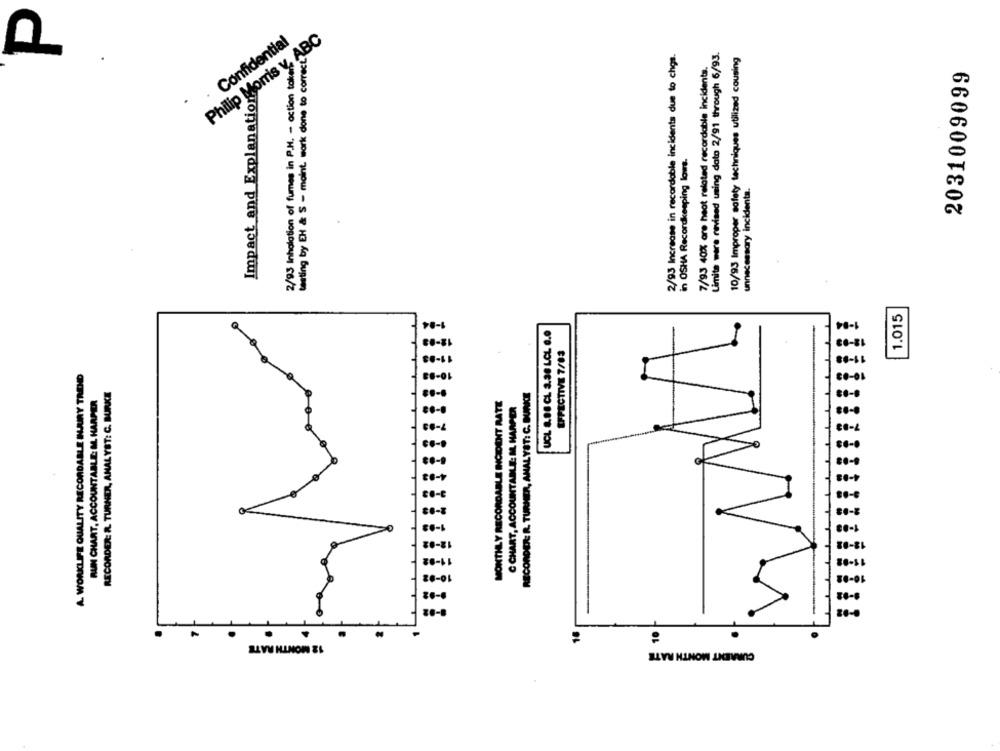
Philip Morris v. ABC
Confidential
Limite ware revised using dato 2/91 through 6/93.
testing by EH & S - maint. work done to correct
2/93 Increase in recordable incidents due to chos.
10/93 Improper safety techniques utilized cousing
2/93 Inhalation of fumes in P.H. - action tokens
7/93 40% are heat related recordable incidents.
2031009099
Impact and Explanation
in OSHA Recordkeeping lows.
unnecessary incidents.
1.015
1-84
1-84
UCL 8.88 CL 3.38 LCL 0.0
EFFECTIVE 7/03
A. WORKLIFE QUALITY RECORDABLE INARY TADID
RECORDER: R. TURHER, ANALYST: C. BUNKCE
RECORDER: R. TURNER, ANALYST: C. BURKE
RUN CHART, ACCOUNTABLE: M. HARPER
MONTHLY RECORDABLE INCIDENT RATE
C CHART, ACCOUNTABLE: M. HARPER
7-03
0-1
11-82
11-01
20-01
16
12 MONTH RATE
CURRENT MONTH RATE